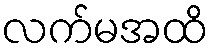
လက်မအထိ